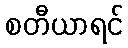
စတီယာရင်